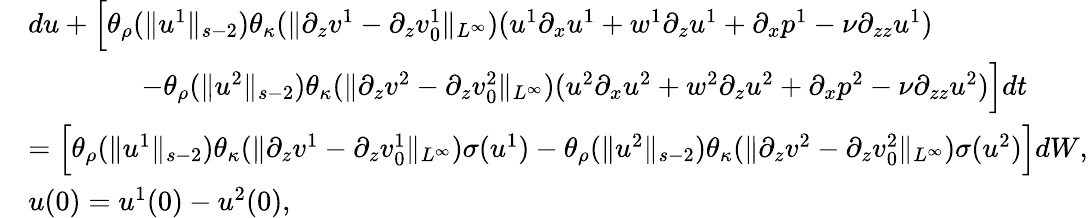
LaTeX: \begin{array}{rl}&{du+\Big[\theta_{\rho}(\| u^{1}\| _{s-2})\theta_{\kappa}(\| \partial_{z}v^{1}-\partial_{z}v_{0}^{1}\| _{L^{\infty}})(u^{1}\partial_{x}u^{1}+w^{1}\partial_{z}u^{1}+\partial_{x}p^{1}-\nu\partial_{zz}u^{1})}\\ &{\qquad\qquad-\theta_{\rho}(\| u^{2}\| _{s-2})\theta_{\kappa}(\| \partial_{z}v^{2}-\partial_{z}v_{0}^{2}\| _{L^{\infty}})(u^{2}\partial_{x}u^{2}+w^{2}\partial_{z}u^{2}+\partial_{x}p^{2}-\nu\partial_{zz}u^{2})\Big]dt}\\ &{=\Big[\theta_{\rho}(\| u^{1}\| _{s-2})\theta_{\kappa}(\| \partial_{z}v^{1}-\partial_{z}v_{0}^{1}\| _{L^{\infty}})\sigma(u^{1})-\theta_{\rho}(\| u^{2}\| _{s-2})\theta_{\kappa}(\| \partial_{z}v^{2}-\partial_{z}v_{0}^{2}\| _{L^{\infty}})\sigma(u^{2})\Big]dW,}\\ &{u(0)=u^{1}(0)-u^{2}(0),}\end{array}